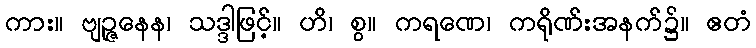
ကား။ ဗျဉ္ဇနေန၊ သဒ္ဒါဖြင့်။ ဟိ၊ စွ။ ကရဏေ၊ ကရိုဏ်းအနက်၌။ ဧတံ